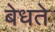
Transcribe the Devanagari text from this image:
बेधते